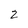
Character: 2